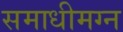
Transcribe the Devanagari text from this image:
समाधीमग्न